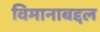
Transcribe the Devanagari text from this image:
विमानाबद्दल